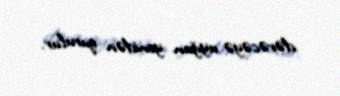
dərəcəyə uyğun yenidən qurulur.